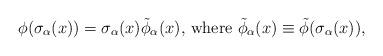
LaTeX: \begin{align*}\phi( \sigma_{\alpha}(x)) = \sigma_{\alpha}(x)\tilde{\phi}_{\alpha}(x), \,\mbox{where } \tilde{\phi}_{\alpha}(x)\equiv \tilde{\phi}(\sigma_{\alpha}(x)),\end{align*}